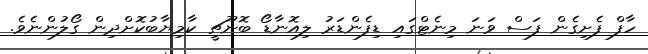
ހާފް ފެށިގެން ފަސް ވަނަ މިނެޓްގައި ޑިފެންޑަރު ލިއޮނާޑޯ ބޮނޫޗީ ކާމިޔާބުކޮށްދިން ގޯލުންނެވެ.